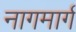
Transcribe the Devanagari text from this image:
नागमार्ग